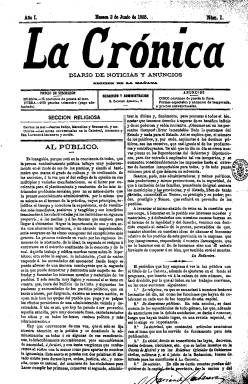
Título: La Crónica (Huesca)
Colección: Periódicos
Ámbito geográfico: Huesca
Lugar de publicación: Huesca
Fechas: 02/06/1885-30/04/1888

Publica su primer número el dos de junio de 1885, como “diario de noticias y anuncios” (no aparecerá los lunes y tendrá ediciones de mañana y tarde), estampado en la Imprenta de la Viuda e Hijo de Castanera. Será su propietario y director el tipógrafo Manuel Castanera, hijo del impresor del mismo nombre que había fallecido en 1878, en cuyo domicilio estará establecida la administración y la redacción. Afín al conservadurismo, rivalizará con el Diario de Huesca (1875-1903), que había fundado el farmacéutico y político Manuel Camó (1841-1911). Comienza tirando entregas de cuatro páginas, compuestas a dos columnas, para a partir del cuatro de enero de 1886 reducir su formato prácticamente a la mitad, ser compuesto a una columna y ampliar sus páginas hasta, generalmente, las dieciséis. A partir de entonces su subtítulo pasa a ser “diario de avisos, noticias y anuncios de Huesca”.

Su primera página comienza con la sección religiosa (santoral) y partir de su nuevo formato incluirá también publicidad comercial, así como en otras páginas, que al principio estaba reservada a su última plana, insertando también esquelas. Sus secciones son Noticias (locales, provinciales, nacionales y extranjeras), Oficial, Prensa periódica (resúmenes de la aragonesa y española), Correspondencia (de sus corresponsales en Madrid o Barcelona, así como en París), Telegramas (de la Agencia Fabra o servicio particular), Espectáculos y Última hora (noticias de alcance). También publica artículos de diversa índole e información meteorológica procedente de la estación oscense.

La colección de este título en la Biblioteca Nacional de España acaba en el número 872, correspondiente al 30 de abril de 1888. Existe hasta el número 1.945, del 30 de enero de 1892. A partir de entonces, y hasta 1894, amplía el título a: La Crónica de Huesca, como “diario independiente”, que seguirá siendo impreso en el establecimiento de Castanera, pero dirigido ahora por Ángel Quintana (1865-1954), que previamente había dirigido el también conservador El Norte de Aragón (1882-1885).